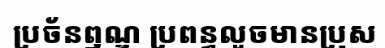
ប្រច័នឭណ្ឌ ប្រពន្ធលួចមានប្រុស